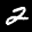
Label: 2